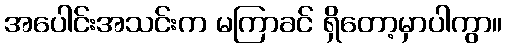
အပေါင်းအသင်းက မကြာခင် ရှိတော့မှာပါကွာ။